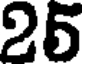
25